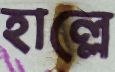
হাল্লে